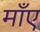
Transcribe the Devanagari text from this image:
माँए